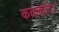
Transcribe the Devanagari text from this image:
कळकोटा